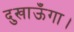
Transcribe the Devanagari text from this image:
दुखाऊँगा।